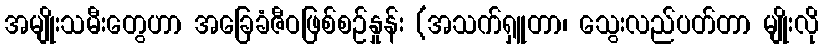
အမျိုးသမီးတွေဟာ အခြေခံဇီဝဖြစ်စဉ်နှုန်း (အသက်ရှူတာ၊ သွေးလည်ပတ်တာ မျိုးလို